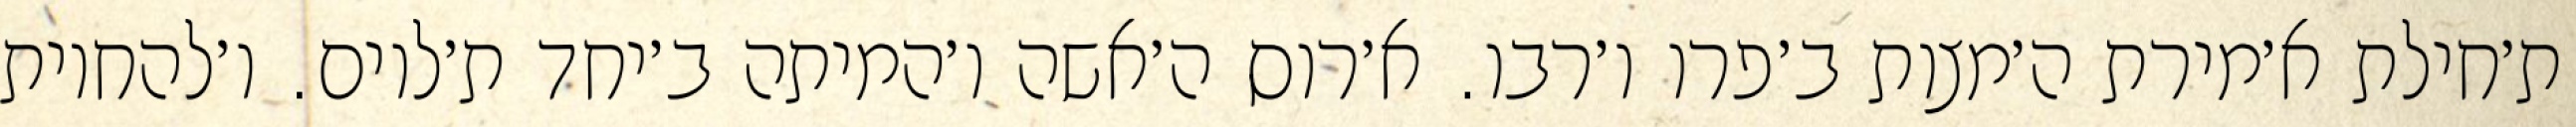
ת׳חילת א׳מירת ה׳מצות ב׳פרו ו׳רבו. א׳רוס ה׳אשה ו׳המיתה ב׳יחד ת׳לוים. ו׳להחיות